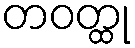
တဝတ္ထု